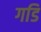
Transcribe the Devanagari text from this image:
गडि